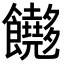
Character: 𬲢